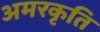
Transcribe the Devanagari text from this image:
अमरकृति